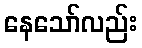
နေသော်လည်း